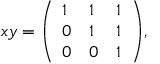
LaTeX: x y = { \left( \begin{array} { l l l } { 1 } & { 1 } & { 1 } \\ { 0 } & { 1 } & { 1 } \\ { 0 } & { 0 } & { 1 } \end{array} \right) } ,